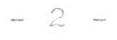
- 2 -